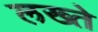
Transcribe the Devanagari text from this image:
लख्ते